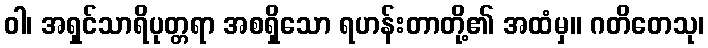
ဝါ၊ အရှင်သာရိပုတ္တရာ အစရှိသော ရဟန်းတာတို့၏ အထံမှ။ ဂတိတေသု၊